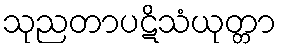
သုညတာပဋိသံယုတ္တာ